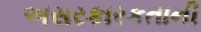
અસરકારકતાની